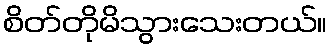
စိတ်တိုမိသွားသေးတယ်။